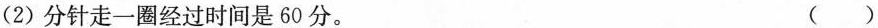
(2)分针走一圈经过时间是60分。 ( )